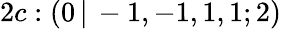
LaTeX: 2c:(0\, |\, -1,-1,1,1;2)